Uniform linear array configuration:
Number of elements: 24
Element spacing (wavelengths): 1
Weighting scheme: exponential
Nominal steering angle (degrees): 60
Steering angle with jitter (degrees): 60.117
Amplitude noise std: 0.05
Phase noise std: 0.05

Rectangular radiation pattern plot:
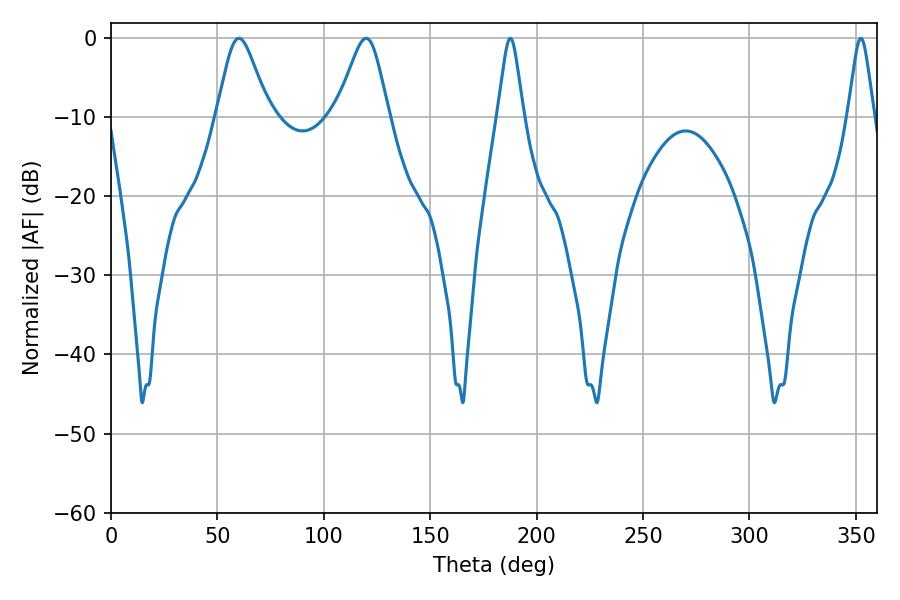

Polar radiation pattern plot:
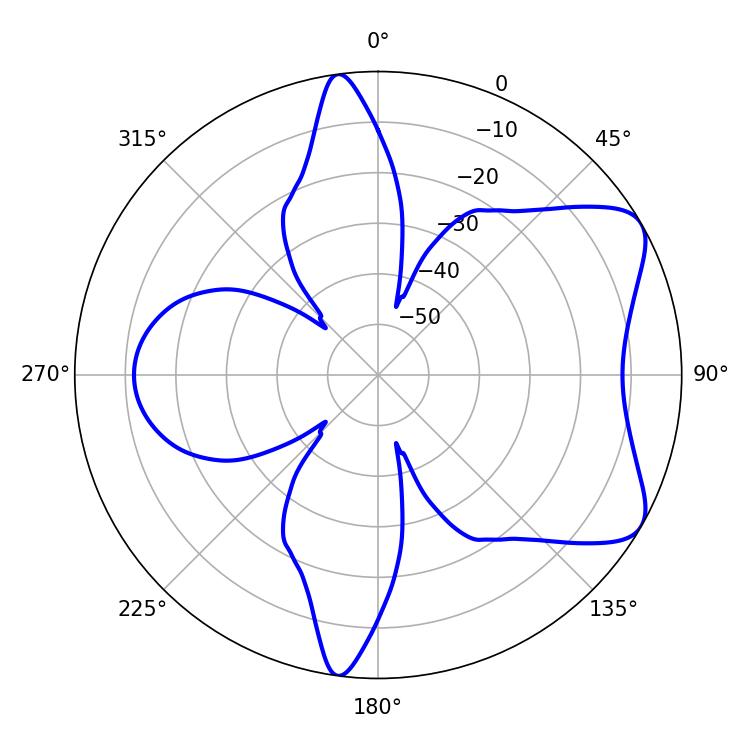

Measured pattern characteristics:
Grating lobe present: TRUE
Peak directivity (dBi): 6.965
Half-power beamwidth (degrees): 11.88
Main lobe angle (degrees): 60.12